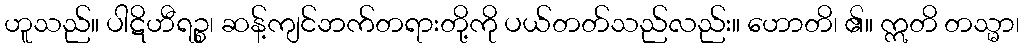
ဟူသည်။ ပါဋိဟီရဉ္စ၊ ဆန့်ကျင်ဘက်တရားတို့ကို ပယ်တတ်သည်လည်း။ ဟောတိ၊ ၏။ ဣတိ တသ္မာ၊